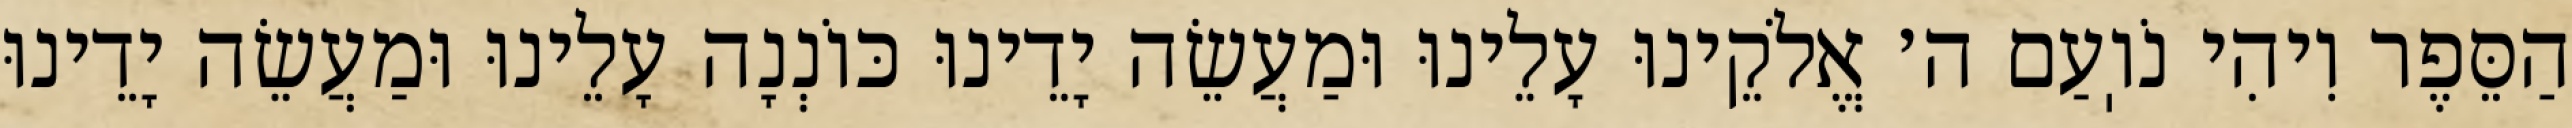
הַסֵּפֶר וִיהִי נֹוֽעַם ה׳ אֱלֹקֵינוּ עָלֵינוּ וּמַעֲשֵׂה יָדֵינוּ כּוֹנְנָה עָלֵינוּ וּמַעֲשֵׂה יָדֵינוּ